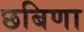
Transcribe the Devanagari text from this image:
छबिणा